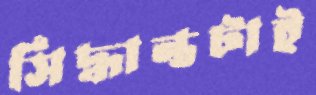
সিদ্ধান্তটাই